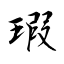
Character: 瑕